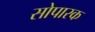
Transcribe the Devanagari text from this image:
सोपारक